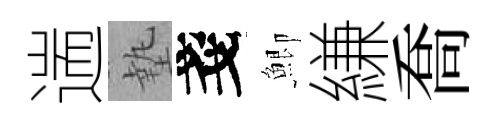
遄墊戔鯽縑喬